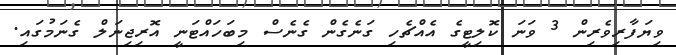
ވިޔަފާރިވެރިން 3 ވަނަ ކޮލިޓީގެ އެއްޗެހި ގަނެގެން ގެނެސް މިބަހައްޓަނީ އޮރިޖިނަލް ގެނަމުގަައި.